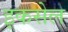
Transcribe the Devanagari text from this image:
इकसेल